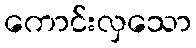
ကောင်းလှသော